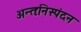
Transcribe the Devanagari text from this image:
अन्तःनिस्पंदन